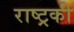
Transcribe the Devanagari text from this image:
राष्ट्रकी